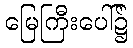
မြေကြီးပေါ်၌